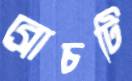
ব্রোচটি